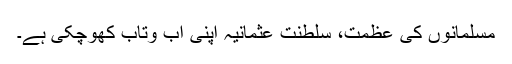
مسلمانوں کی عظمت، سلطنت عثمانیہ اپنی آب وتاب کھوچکی ہے۔